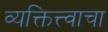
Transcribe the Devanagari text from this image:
व्यक्तित्त्वाचा